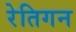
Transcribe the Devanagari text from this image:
रेतिगन